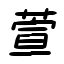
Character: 萱